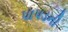
પાપડની